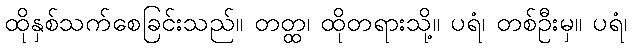
ထိုနှစ်သက်စေခြင်းသည်။ တတ္ထ၊ ထိုတရားသို့။ ပရံ၊ တစ်ဦးမှ။ ပရံ၊